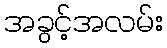
အခွင့်အလမ်း